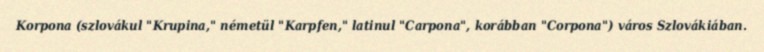
Korpona (szlovákul "Krupina," németül "Karpfen," latinul "Carpona", korábban "Corpona") város Szlovákiában.